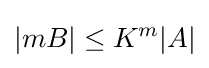
|mB|\leq K^{m}|A|